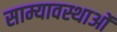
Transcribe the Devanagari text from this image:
साम्यावस्थाओं